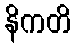
နိကတိ